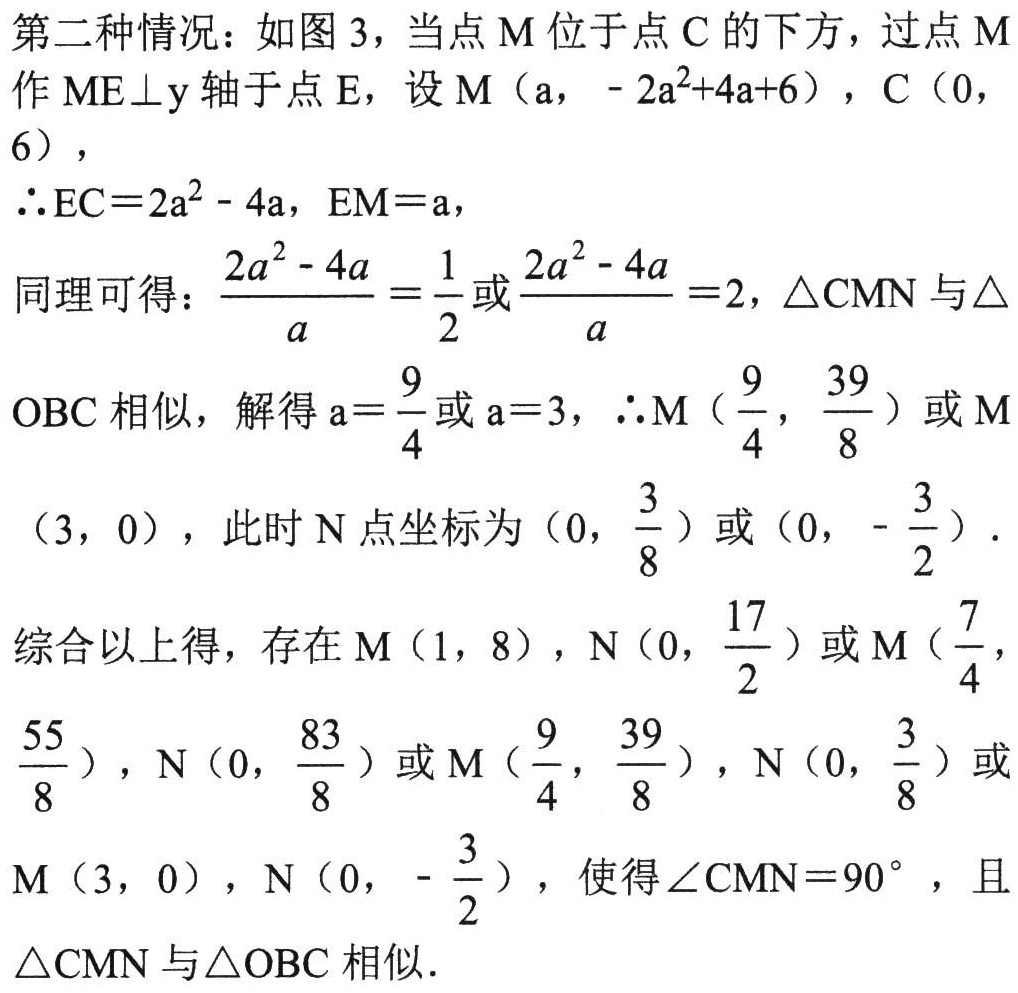
第二种情况：如图 3，当点 \(M\) 位于点 \(C\) 的下方，过点 \(M\) 作 \(ME\perp y\) 轴于点 \(E\)，设 \(M(a,-2a^{2}+4a + 6)\)，\(C(0,6)\)，
\(\therefore EC = 2a^{2}-4a\)，\(EM = a\)，
同理可得：\(\frac{2a^{2}-4a}{a}=\frac{1}{2}\) 或 \(\frac{2a^{2}-4a}{a}=2\)，\(\triangle CMN\) 与 \(\triangle OBC\) 相似，解得 \(a = \frac{9}{4}\) 或 \(a = 3\)，\(\therefore M(\frac{9}{4},\frac{39}{8})\) 或 \(M(3,0)\)，此时 \(N\) 点坐标为 \((0,\frac{3}{8})\) 或 \((0,-\frac{3}{2})\)．
综合以上得，存在 \(M(1,8)\)，\(N(0,\frac{17}{2})\) 或 \(M(\frac{7}{4},\frac{55}{8})\)，\(N(0,\frac{83}{8})\) 或 \(M(\frac{9}{4},\frac{39}{8})\)，\(N(0,\frac{3}{8})\) 或 \(M(3,0)\)，\(N(0,-\frac{3}{2})\)，使得 \(\angle CMN = 90^{\circ}\)，且 \(\triangle CMN\) 与 \(\triangle OBC\) 相似．